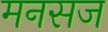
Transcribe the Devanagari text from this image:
मनसज